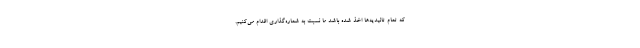
که تمام تائیدیه‌ها اخذ شده باشد ما نسبت به شماره‌گذاری اقدام می‌کنیم.